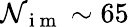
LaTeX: \mathcal{N}_{\mathrm{{~i~m~}}}\sim65